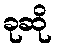
ခုဆို